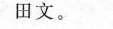
田文。